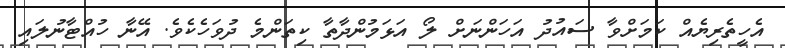
އެހީތެރިޔެއް ކަމަށްވާ ސައުދު އަހަންނަށް ލޯ އަޅަމުންދާތާ ކިތަންމެ ދުވަހެކެވެ. އޭނާ ހުއްޓާނުލައި